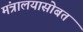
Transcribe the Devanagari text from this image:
मंत्रालयासोबत